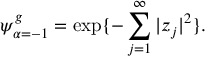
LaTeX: \psi _ { \alpha = - 1 } ^ { g } = \exp \{ - \sum _ { j = 1 } ^ { \infty } | z _ { j } | ^ { 2 } \} .